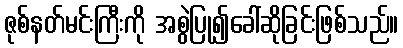
ဇုစ်နတ်မင်းကြီးကို အစွဲပြု၍ခေါ်ဆိုခြင်းဖြစ်သည်။